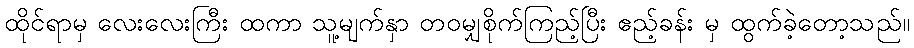
ထိုင်ရာမှ လေးလေးကြီး ထကာ သူ့မျက်နှာ တဝမျှစိုက်ကြည့်ပြီး ဧည့်ခန်း မှ ထွက်ခဲ့တော့သည်။